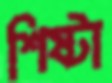
শিষ্টা